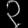
Digit: ၃